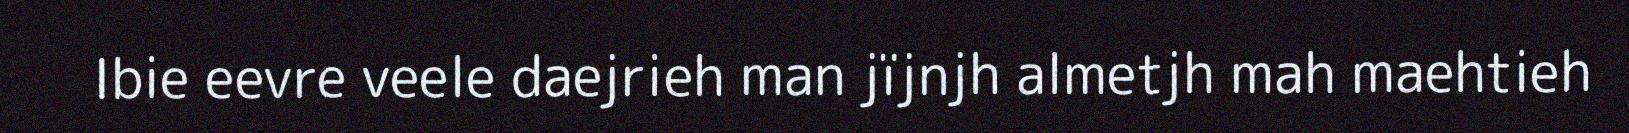
Ibie eevre veele daejrieh man jïjnjh almetjh mah maehtieh